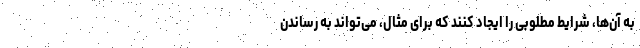
به آن‌ها، شرایط مطلوبی را ایجاد کنند که برای مثال، می‌تواند به رساندن